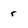
Character: r